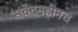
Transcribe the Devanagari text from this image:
संवेदनहीनच